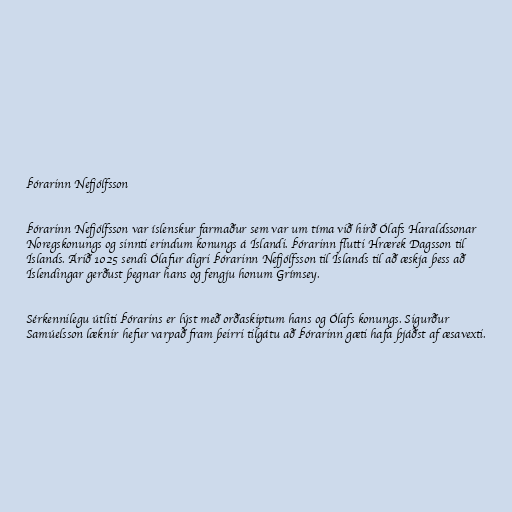
Þórarinn Nefjólfsson

Þórarinn Nefjólfsson var íslenskur farmaður sem var um tíma við hirð Ólafs Haraldssonar
Noregskonungs og sinnti erindum konungs á Íslandi. Þórarinn flutti Hrærek Dagsson til
Íslands. Árið 1025 sendi Ólafur digri Þórarinn Nefjólfsson til Íslands til að æskja þess að
Íslendingar gerðust þegnar hans og fengju honum Grímsey.

Sérkennilegu útliti Þórarins er lýst með orðaskiptum hans og Ólafs konungs. Sigurður
Samúelsson læknir hefur varpað fram þeirri tilgátu að Þórarinn gæti hafa þjáðst af æsavexti.